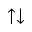
\uparrow \downarrow